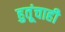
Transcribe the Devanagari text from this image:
हुतूंचाही